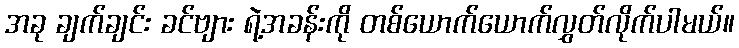
အခု ချက်ချင်း ခင်ဗျား ရဲ့အခန်းကို တစ်ယောက်ယောက်လွှတ်လိုက်ပါမယ်။